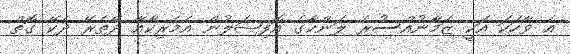
އެ ވާހަކަ އަކީ ޒަމާނުއްސުރެ ލަންކާގެ އޮފިޝަލުން އެމެރިކާއާ ދޭތެރޭ ދެކޭ ގޮތް